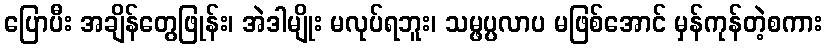
ပြောပီး အချိန်တွေဖြုန်း၊ အဲဒါမျိုး မလုပ်ရဘူး၊ သမ္ဖပ္ပလာပ မဖြစ်အောင် မှန်ကုန်တဲ့စကား